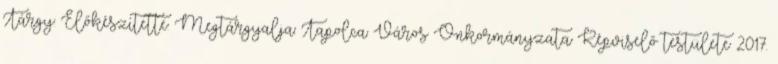
Tárgy: Előkészítette: Megtárgyalja: Tapolca Város Önkormányzata Képviselő testülete 2017.